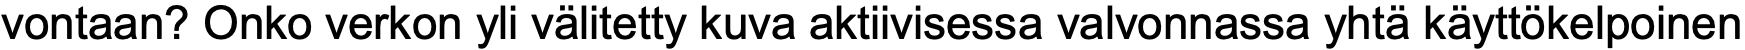
vontaan? Onko verkon yli välitetty kuva aktiivisessa valvonnassa yhtä käyttökelpoinen